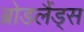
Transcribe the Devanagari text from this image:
ब्रोडलैंड्स